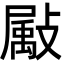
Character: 𫿗